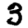
Digit: 3